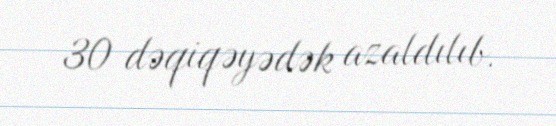
30 dəqiqəyədək azaldılıb.